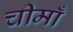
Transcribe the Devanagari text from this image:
चीमाँ